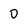
Character: 0